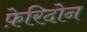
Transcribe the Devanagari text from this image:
फ़ेरिदोन